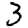
Digit: 3